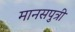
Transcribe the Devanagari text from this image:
मानसपुत्री